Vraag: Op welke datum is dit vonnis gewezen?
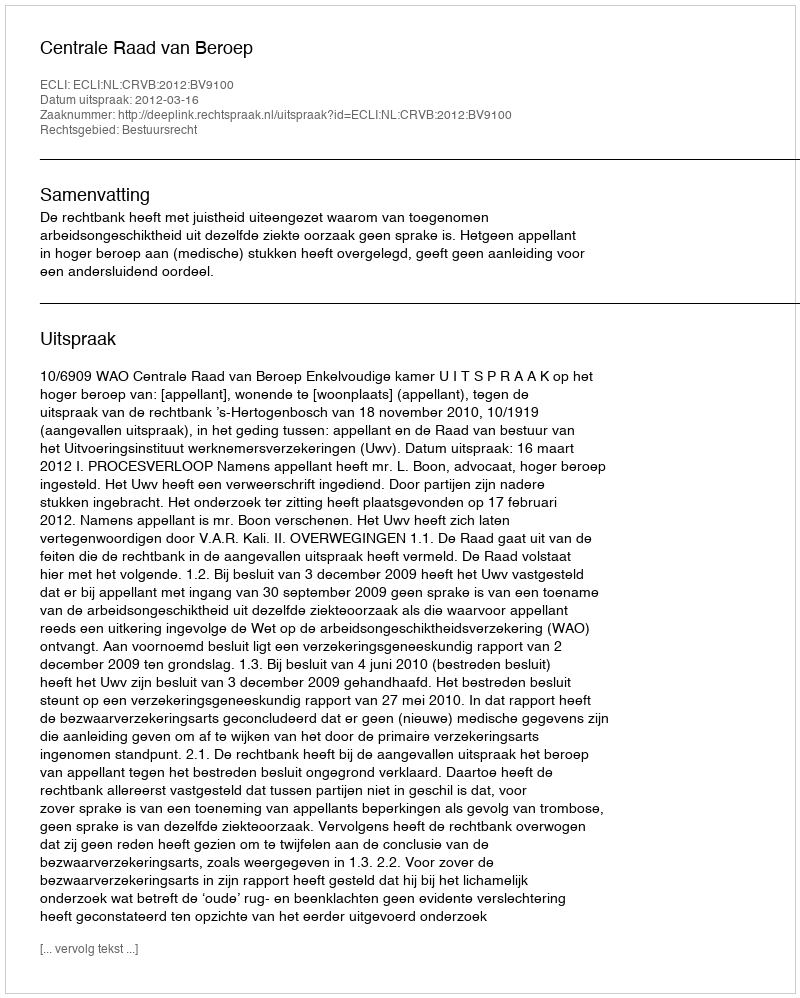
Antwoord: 2012-03-16